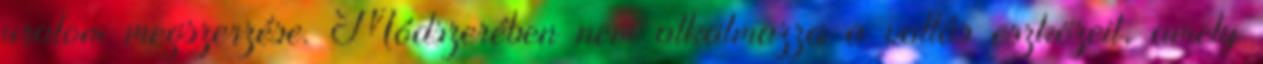
uralom megszerzése. Módszerében nem alkalmazza a vallás eszközeit, amely